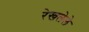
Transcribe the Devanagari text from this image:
रेखलेले